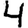
Digit: 4